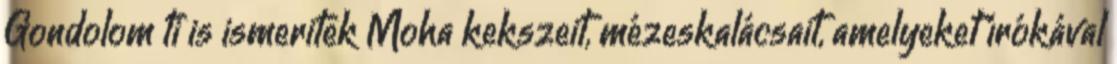
Gondolom ti is ismeritek Moha kekszeit, mézeskalácsait, amelyeket írókával